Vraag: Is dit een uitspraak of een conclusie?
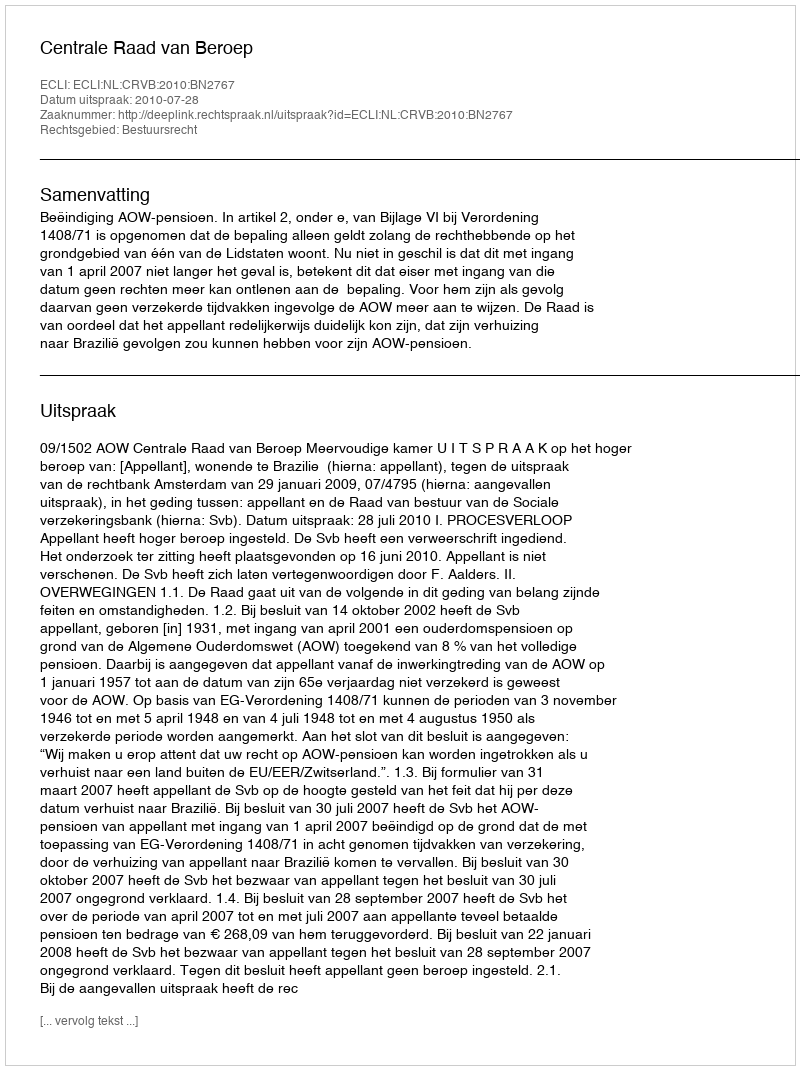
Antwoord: Uitspraak